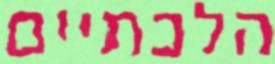
הלכתיים